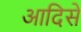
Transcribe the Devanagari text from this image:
आदिसे